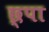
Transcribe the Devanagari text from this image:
छ्पा